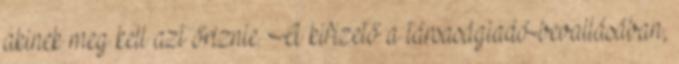
akinek meg kell azt őriznie. A kifizető a társaságiadó-bevallásában,